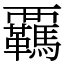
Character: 覊